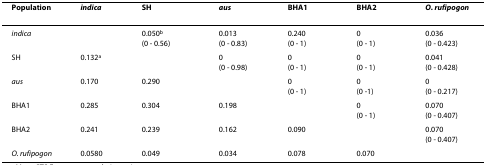
<table><thead><tr><td><b>Population</b></td><td><b><i>indica</i></b></td><td><b>SH</b></td><td><b><i>aus</i></b></td><td><b>BHA1</b></td><td><b>BHA2</b></td><td><b><i>O. rufipogon</i></b></td></tr></thead><tbody><tr><td><i>indica</i></td><td></td><td>0.050<sup>b</sup>(0 - 0.56)</td><td>0.013(0 - 0.83)</td><td>0.240(0 - 1)</td><td>0(0 - 1)</td><td>0.036(0 - 0.423)</td></tr><tr><td>SH</td><td>0.132<sup>a</sup></td><td></td><td>0(0 - 0.98)</td><td>0(0 - 1)</td><td>0(0 - 1)</td><td>0.041(0 - 0.428)</td></tr><tr><td><i>aus</i></td><td>0.170</td><td>0.290</td><td></td><td>0(0 - 1)</td><td>0(0 -1)</td><td>0(0 - 0.217)</td></tr><tr><td>BHA1</td><td>0.285</td><td>0.304</td><td>0.198</td><td></td><td>0(0 - 1)</td><td>0.070(0 - 0.407)</td></tr><tr><td>BHA2</td><td>0.241</td><td>0.239</td><td>0.162</td><td>0.090</td><td></td><td>0.070(0 - 0.407)</td></tr><tr><td><i>O. rufipogon</i></td><td>0.0580</td><td>0.049</td><td>0.034</td><td>0.078</td><td>0.070</td><td></td></tr></tbody></table>